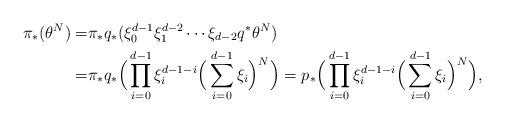
LaTeX: \begin{align*}\pi_*(\theta^N)=&\pi_* q_*( \xi_0^{d-1} \xi_1^{d-2}\cdots \xi_{d-2}q^*\theta^N)\\ =& \pi_*q_*\Big(\prod_{i=0}^{d-1} \xi_i^{d-1-i}\Big(\sum_{i=0}^{d-1} \xi_i \Big)^N \Big)= p_*\Big(\prod_{i=0}^{d-1} \xi_i^{d-1-i}\Big(\sum_{i=0}^{d-1} \xi_i \Big)^N \Big), \end{align*}